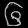
Digit: ၆